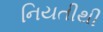
નિયતીથી